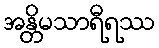
အန္တိမသာရီရဿ